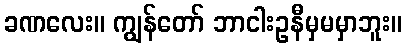
ခဏလေး။ ကျွန်တော် ဘာငါးဥနီမှမမှာဘူး။